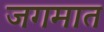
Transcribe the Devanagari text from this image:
जगमात